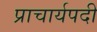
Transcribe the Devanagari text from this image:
प्राचार्यपदी